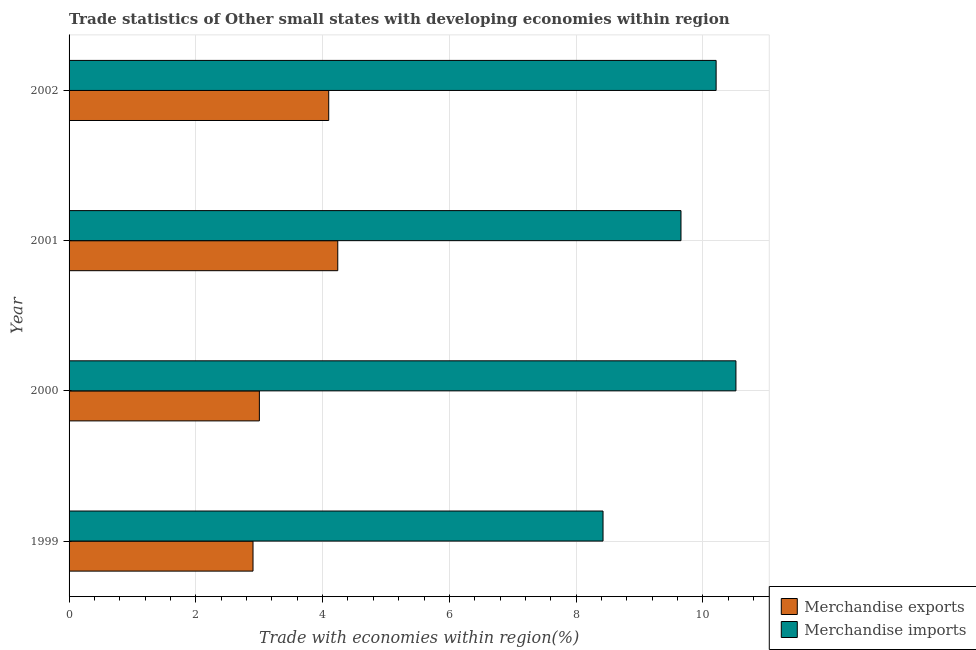
| Year | Merchandise exports | Merchandise imports |
 | --- | --- | --- |
 | 1999 | 2.9 | 8.42 |
 | 2000 | 3 | 10.5 |
 | 2001 | 4.24 | 9.65 |
 | 2002 | 4.1 | 10.2 |